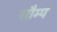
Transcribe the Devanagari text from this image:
सौम्प